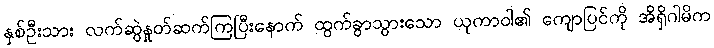
နှစ်ဦးသား လက်ဆွဲနှုတ်ဆက်ကြပြီးနောက် ထွက်ခွာသွားသော ယုကာဝါ၏ ကျောပြင်ကို အိရှိဂါမိက